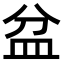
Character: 盆